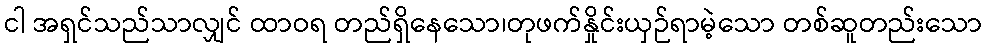
ငါ အရှင်သည်သာလျှင် ထာဝရ တည်ရှိနေသော၊တုဖက်နှိုင်းယှဉ်ရာမဲ့သော တစ်ဆူတည်းသော